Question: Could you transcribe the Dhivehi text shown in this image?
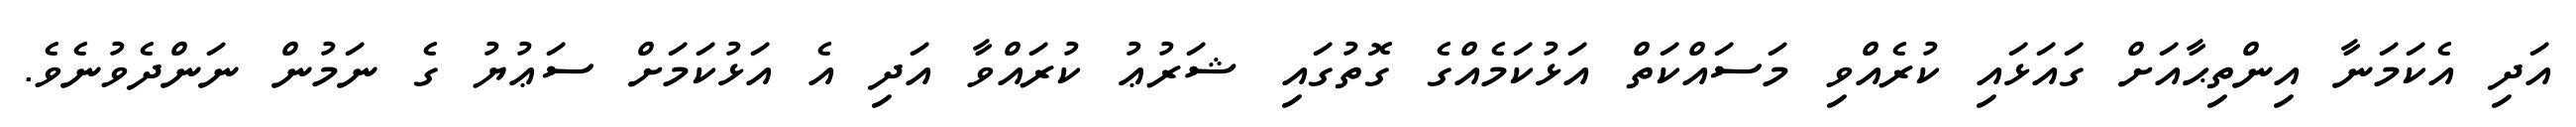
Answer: އަދި އެކަމަނާ އިންތިޙާއަށް ގައަޅައި ކުރެއްވި މަސައްކަތް އަޅުކަމެއްގެ ގޮތުގައި ޝަރުޢު ކުރައްވާ އަދި އެ އަޅުކަމަށް ސަޢުޔު ގެ ނަމުން ނަންދެވުނެވެ.